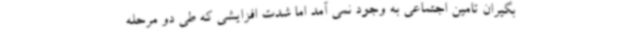
بگیران تامین اجتماعی به وجود نمی آمد اما شدت افزایشی که طی دو مرحله